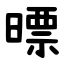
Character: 㬓